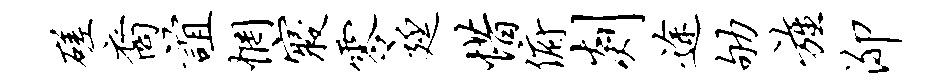
磋裔谊惘寝零廷惜俯剡途劬旌泖